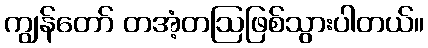
ကျွန်တော် တအံ့တဩဖြစ်သွားပါတယ်။